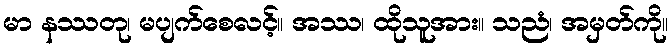
မာ နဿတု၊ မပျက်စေလင့်။ အဿ၊ ထိုသူအား။ သညံ၊ အမှတ်ကို။